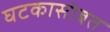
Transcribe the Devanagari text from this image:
घटकासोबत